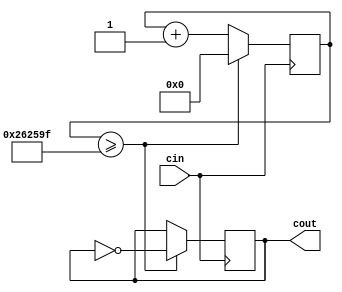
// creates a 0.1 second clock, cout
module ClockDividerPoint1Second(cin,cout);

	input cin;
	 output reg cout;
	 reg[31:0] count; 
	 parameter D = 32'd2500000;
	 always @(posedge cin)
	 begin
		 count <= count + 32'd1;
		 if (count >= (D-1)) begin
			 cout <= ~cout;
			 count <= 32'd0;
		 end
	end

endmodule